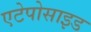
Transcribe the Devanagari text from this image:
एटेपोसाइड